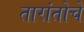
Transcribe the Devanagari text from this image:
तारांतोचे